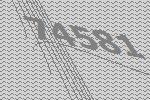
74581